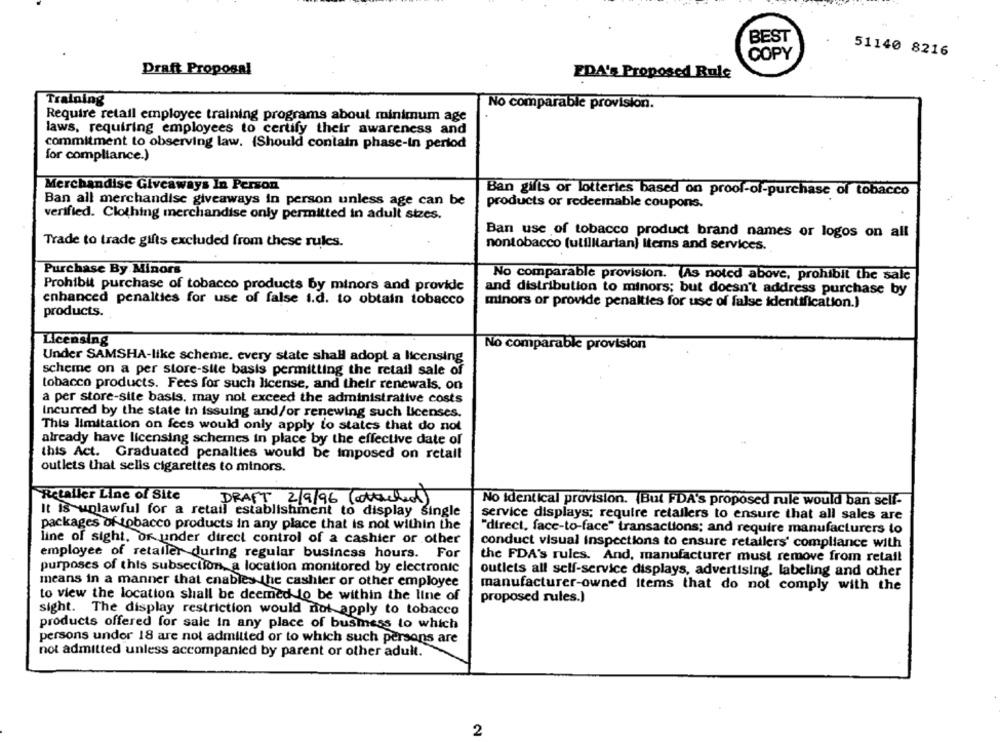
BEST
COPY
51140 8216
Draft Proposal
EDA's Proposed Rule
Training
No comparable provision.
Require retail employee training programs about minimum age
laws, requiring employees to certify their awareness and
commitment to observing law. (Should contain phase-in period
for compliance.)
Merchandise Giveaways In Person
Ban gifts or lotteries based on proof-of-purchase of tobacco
Ban all merchandise giveaways in person unless age can be
products or redeemable coupons.
verified. Clothing merchandise only permitted in adult sizes.
Ban use of tobacco product brand names or logos on all
Trade to trade gifts excluded from these rules.
nontobacco (utilitarian) Items and services.
Purchase By Minors
No comparable provision. (As noted above, prohibit the sale
Prohibit purchase of tobacco products by minors and provide
and distribution to minors; but doesn't address purchase by
enhanced penalties for use of false i.d. to obtain tobacco
minors or provide penalties for use of false identification.)
products.
Licensing
No comparable provision
Under SAMSHA-like scheme. every state shall adopt a licensing
scheme on a per store-site basis permitting the retail sale of
tobacco products. Fees for such license, and their renewals, on
a per store-site basis, may not exceed the administrative costs
Incurred by the state in issuing and/or renewing such Licenses.
This limitation on fees would only apply to states that do not
already have licensing schemes in place by the effective date of
this Act. Graduated penalties would be imposed on retail
outlets that sells cigarettes to minors.
Retailer Line of Site
DRAFT 2/9/96 ( attached)
No identical provision. (Bul FDA's proposed rule would ban self-
It is unlawful for a retail establishment to display single
service displays; require retailers to ensure that all sales are
packages of tobacco products in any place that is not within the
"direct, face-to-face" transactions; and require manufacturers to
line of sight, or under direct control of a cashier or other
conduct visual inspections to ensure retailers' compliance with
employee of retailer during regular business hours. For
the FDA's rules. And, manufacturer must remove from retail
purposes of this subsection, a location monitored by electronic
outlets all self-service displays, advertising, labeling and other
means in a manner that enables the cashier or other employee
manufacturer-owned items that do not comply with the
to view the location shall be deemed Jo be within the line of
proposed rules.)
sight. The display restriction would not apply to tobacco
products offered for sale in any place of business to which
persons undor 18 are not admitted or to which such persons are
not admitted unless accompanied by parent or other adult.
2